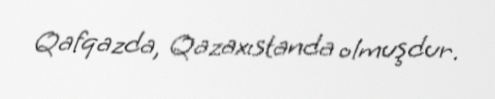
Qafqazda, Qazaxıstanda olmuşdur.